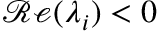
\mathscr { R e } ( \lambda _ { i } ) < 0